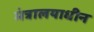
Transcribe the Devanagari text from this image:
मंत्रालयाधीन